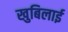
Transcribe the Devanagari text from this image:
खुबिलाई